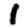
Digit: 1